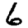
Digit: 6